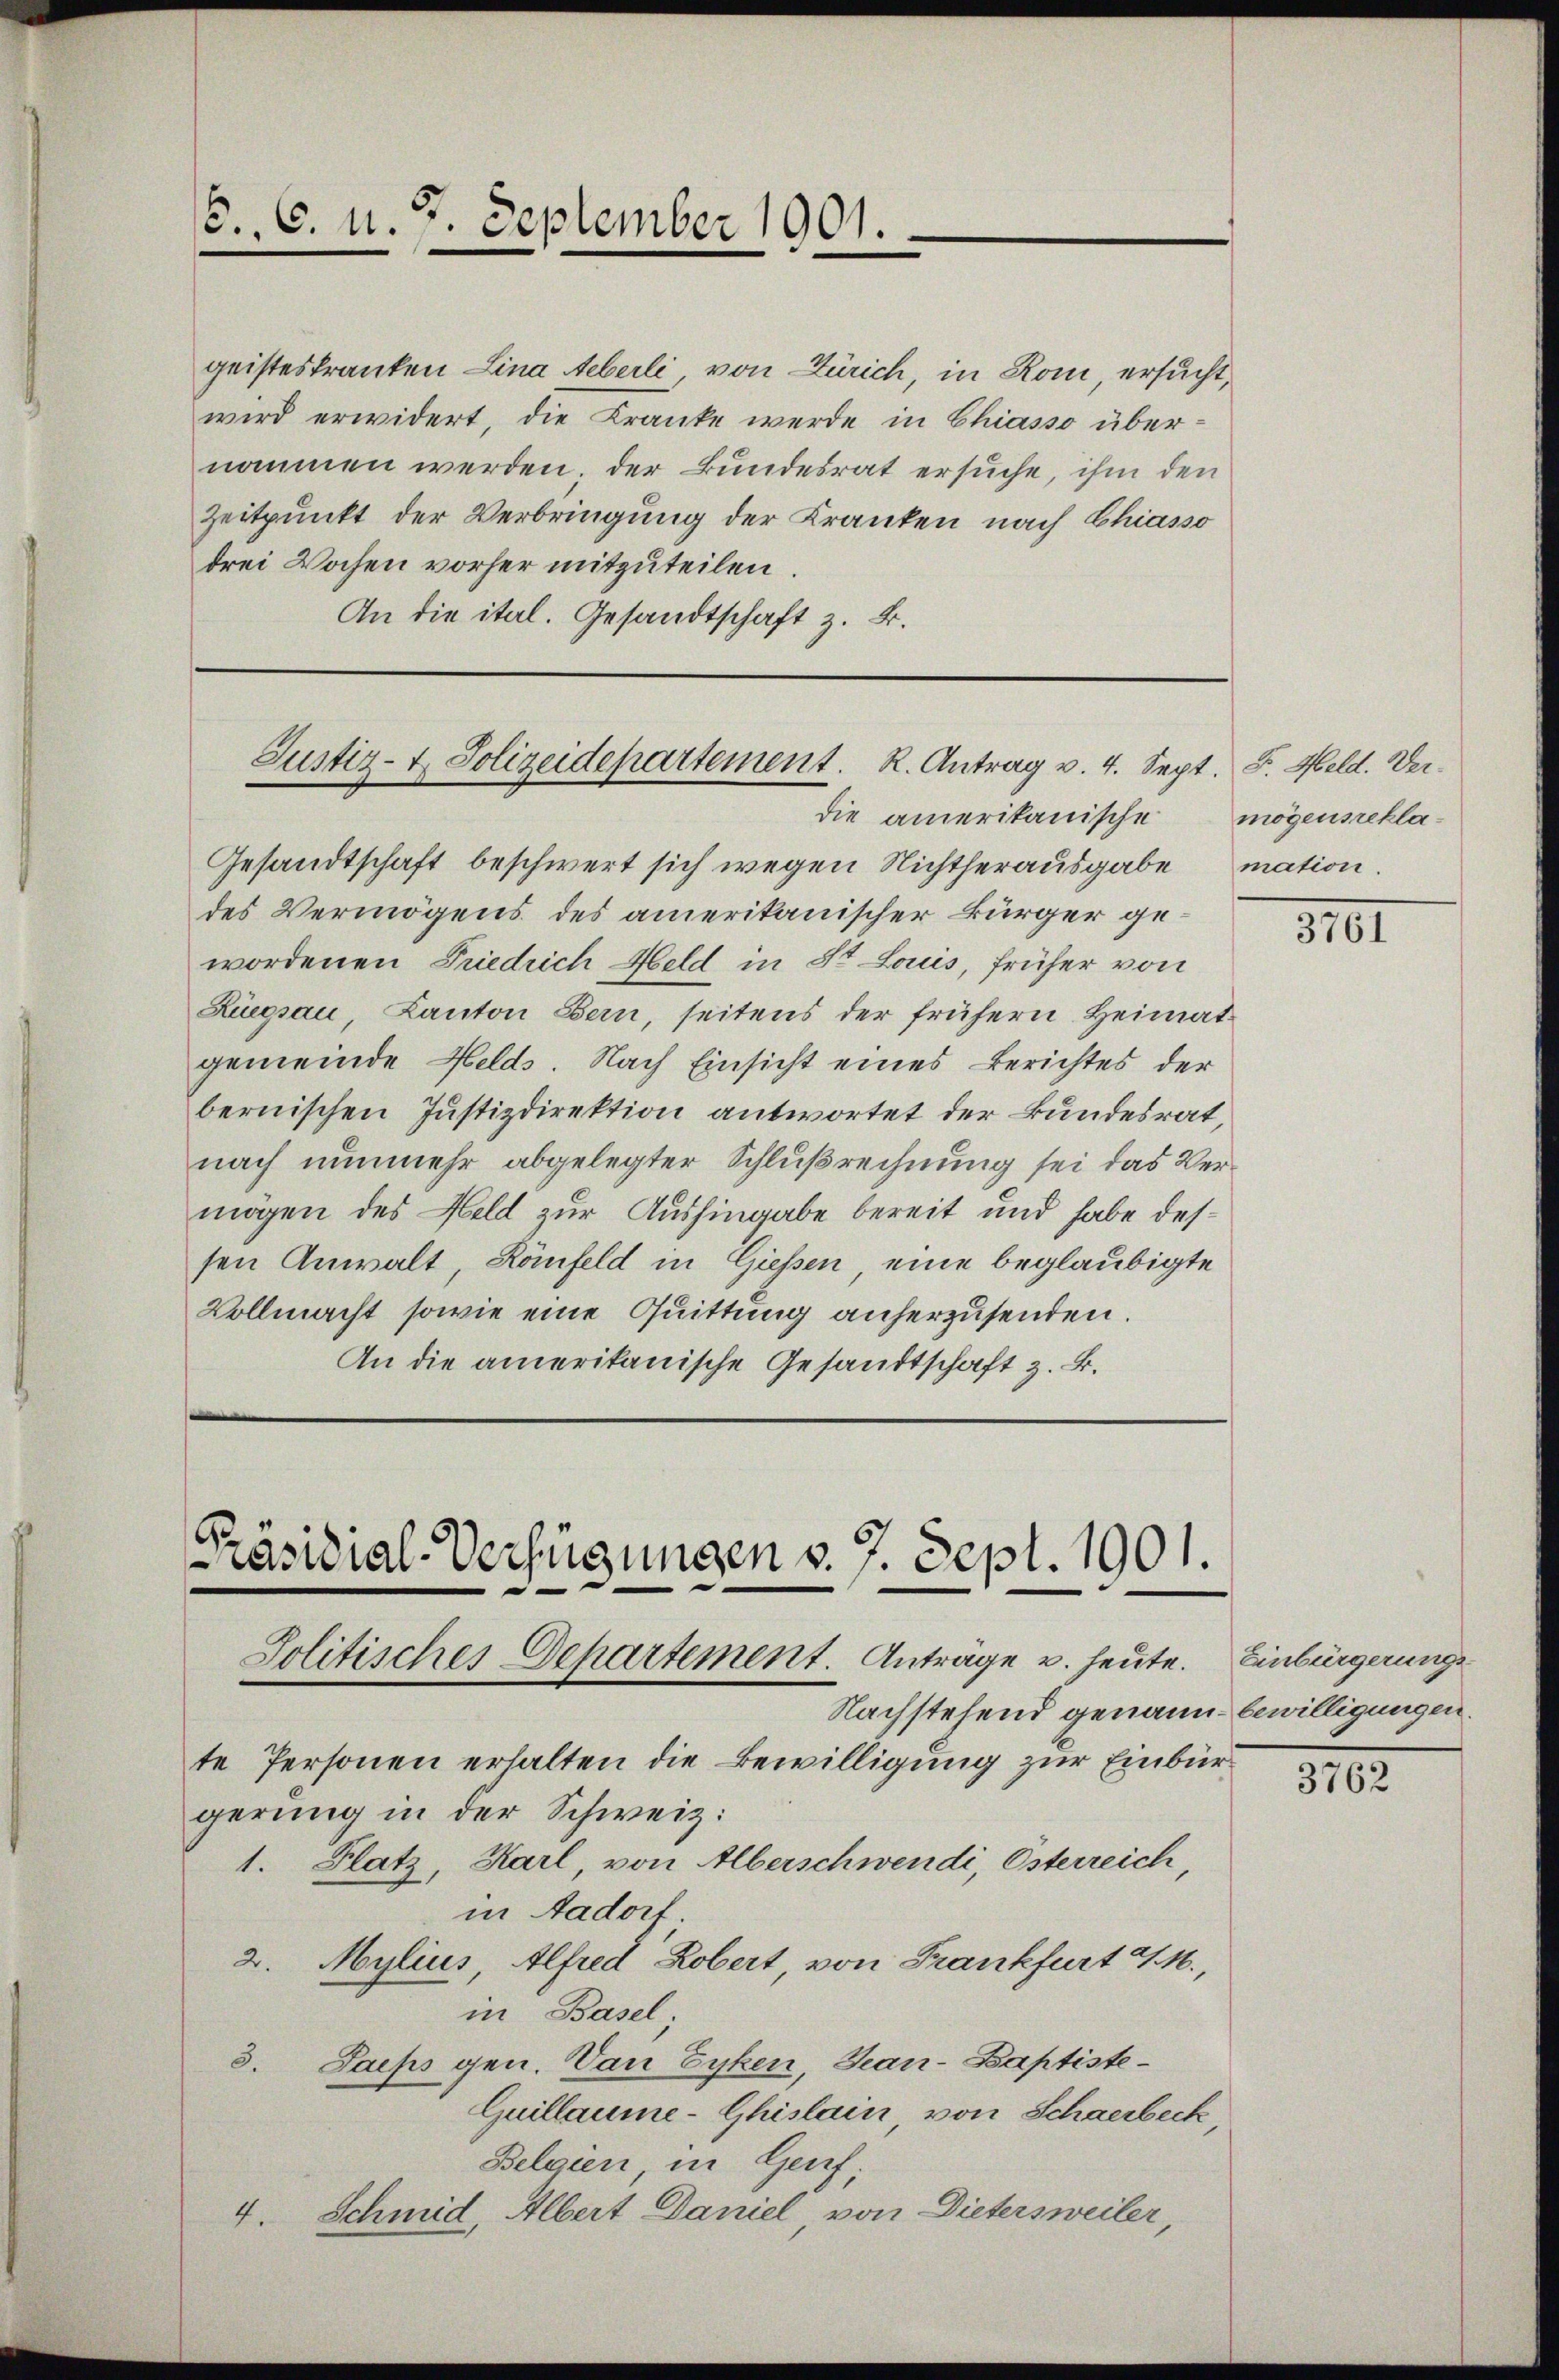
/5. 6. d. 7. September 1901.

geisteskranken Lina Aeberli von Zürich, in Rom, ersucht,
wird erwidert, die Kranke werde in Chiasso übernommen werden der Bundesrat ersuche, ihm den
Zeitpunkt der Verbringung der Kranken nach Chiasso
drei Wochen vorher mitzuteilen
An die ital. Gesandtschaft z. B.

Justiz- & Polizeidepartement. R. Antrag v. 4. Sept. F. Held. Ver¬

mögensrekla

die amerikanische

Gesandtschaft beschwert sich wegen Nichtherausgabe mation.
des Vermögens des amerikanischer Bürger gewordenen Friedrich Held in St. Louis, früher von
Züegsau, Kanton Bern, seitens der frühern Heimatgemeinde Helds. Nach Einsicht eines Berichtes der
bernischen Justizdirektion antwortet der Bundesrat,
nach nunmehr abgelegter Schlußrechnung sei das Vermögen des Held zur Aushingabe bereit und habe dessen Anwalt, Könfeld in Giessen, eine beglaubigte
Vollmacht, sowie eine Quittung anherzusenden.
An die amerikanische Gesandtschaft z. B.

3101

Präsidial-Verfügungen v. 7. Sept. 1901.
Solitisches Departement. Anträge u. heute.
Nachstehend genann- bewilligungen.

te Personen erhalten die Bewilligung zur Einbürgerung in der Schweiz:
1. Platz, Karl, von Alberschwendi, Österreich,
in Aadorf;
2. Mylius, Alfred Robert, von Frankfurt a/M.,
in Basel;
3. Sachs gen. Von Eyken, Gan-Baptiste¬
Guillaume-Ghistain, von Schaerbeck,
Belgien, in Genf;
Schmid, Albert Daniel, von Dietersweiler,
4.

Einbürgerunge

3762